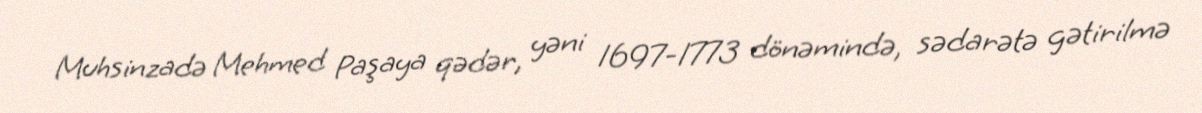
Muhsinzadə Mehmed Paşaya qədər, yəni 1697-1773 dönəmində, sədarətə gətirilmə